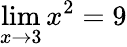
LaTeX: \lim\limits_{x\rightarrow 3}x^{2}=9